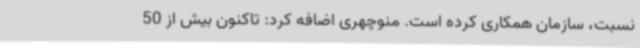
نسبت، سازمان همکاری کرده است. منوچهری اضافه کرد: تاکنون بیش از 50